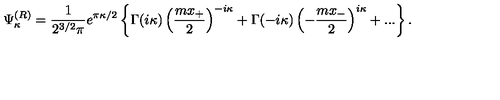
\Psi _ { \kappa } ^ { ( R ) } = \frac 1 { 2 ^ { 3 / 2 } \pi } e ^ { \pi \kappa / 2 } \left\{ \Gamma ( i \kappa ) \left( \frac { m x _ { + } } 2 \right) ^ { - i \kappa } + \Gamma ( - i \kappa ) \left( - \frac { m x _ { - } } 2 \right) ^ { i \kappa } + . . . \right\} .